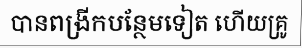
បានពង្រីកបន្ថែមទៀត ហើយគ្រូ